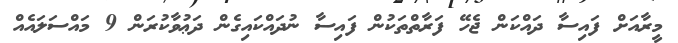
މީރާއަށް ފައިސާ ދައްކަން ޖެހޭ ފަރާތްތަކުން ފައިސާ ނުދައްކައިގެން ދަޢުވާކުރަން 9 މައްސަލައެއް